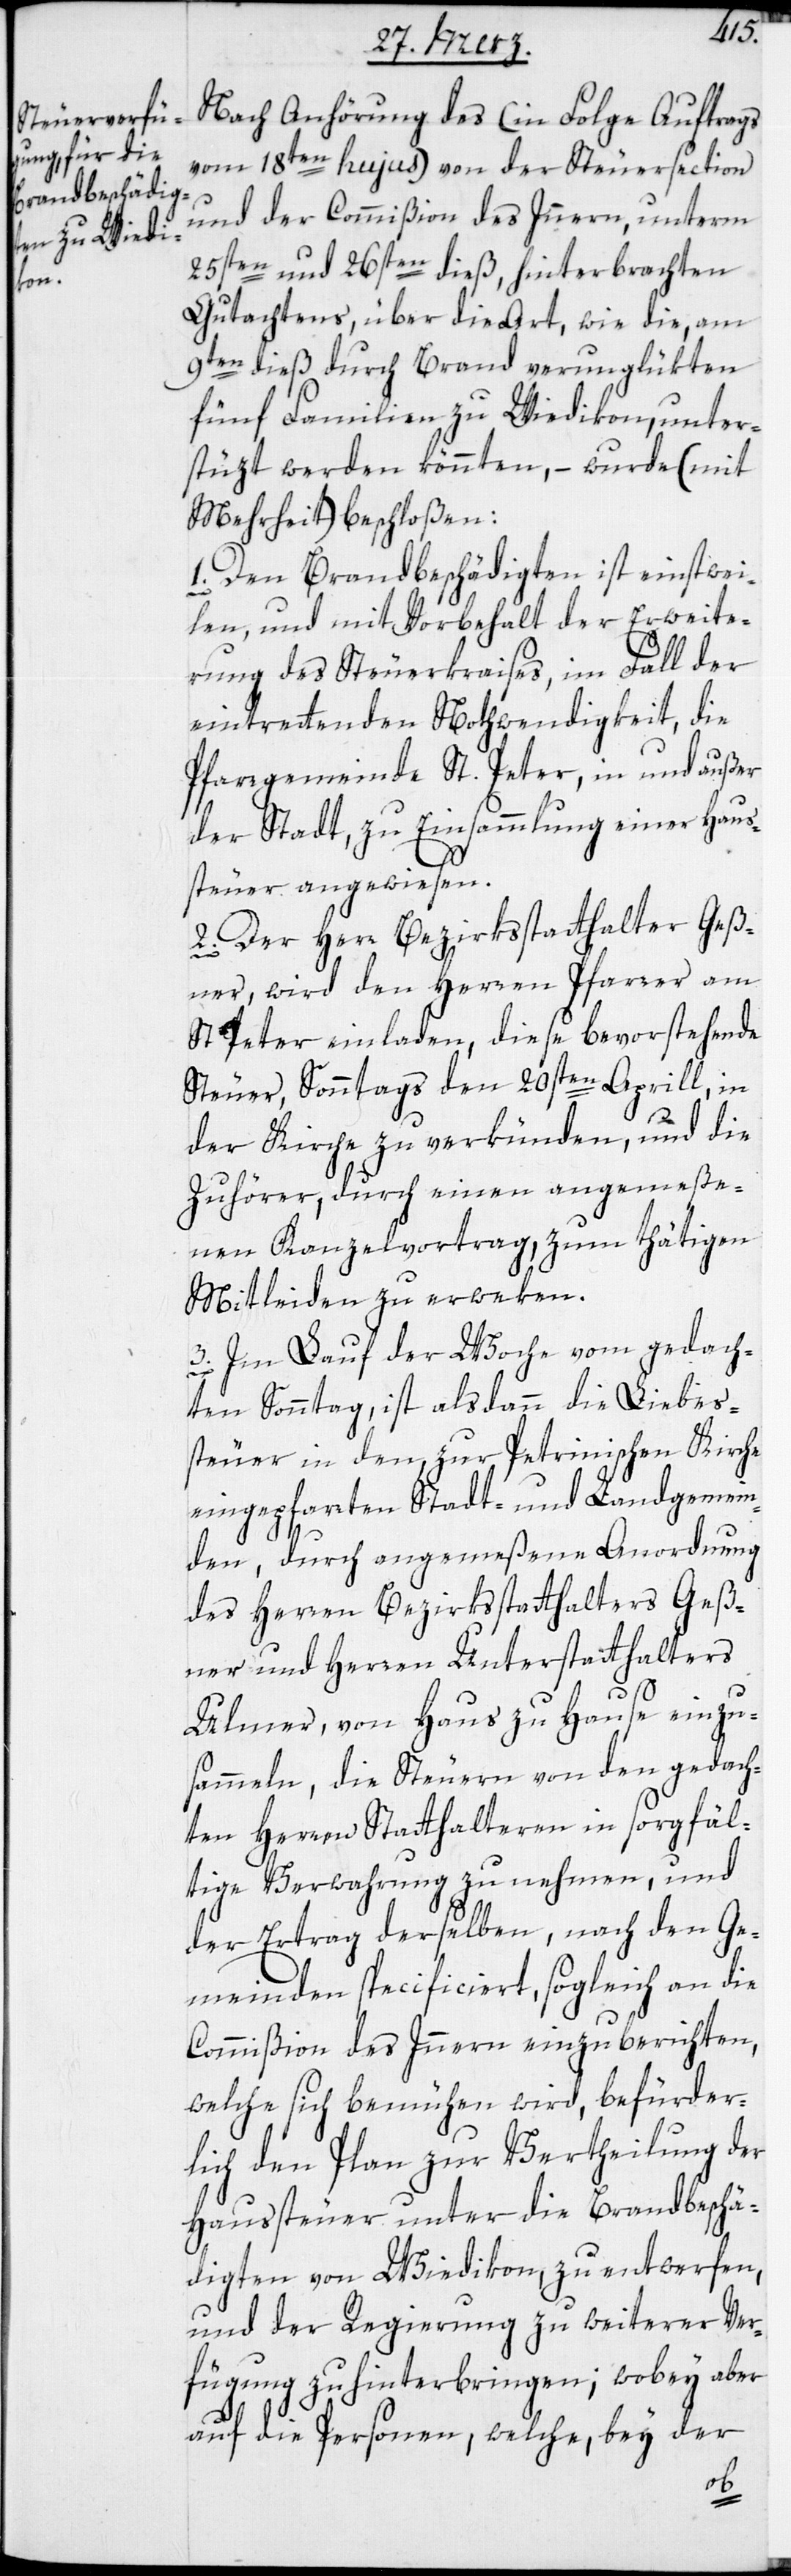
Nach Anhörung des (in Folge Auftrags
vom 18ten hujus) von der Steuersection
und der Commißion des Inneren, unterm
25sten und 26sten dieß, hinterbrachten
Gutachtens, über die Art, wie die, am
9ten dieß durch Brand verunglükten
fünf Familien zu Wiedikon, unter¬
stüzt werden könnten, – wurde (mit
Mehrheit) beschloßen:
1. Den Brandbeschädigten ist einstwei¬
len, und mit Vorbehalt der Erweite¬
rung des Steuerkreises, im Fall der
eintrettenden Nothwendigkeit, die
Pfarrgemeinde St. Peter, in und außer
der Stadt, zu Einsammlung einer Haus¬
steuer angewiesen.
2. Der Herr Bezirksstatthalter Geß¬
ner, wird den Herren Pfarrer am
St. Peter einladen, diese bevorstehende
Steuer, Sonntags den 20sten Aprill, in
der Kirche zu verkünden, und die
Zuhörer, durch einen angemeße¬
nen Kanzelvortrag zum thätigen
Mitleiden zu erweken.
Im Lauf der Woche vom gedach¬
3.
ten Sonntag, ist alsdann die Liebes¬
steuer in den zur Petrinischen Kirche
eingepfarrten Stadt- und Landgemein¬
den, durch angemeßene Anordnung
des Herren Bezirksstatthalter Geß¬
ner und Herren Unterstatthalters
Ulmer, von Haus zu Hause einzu¬
sammeln, die Steuer von den gedach¬
ten Herren Statthalteren in sorgfäl¬
tige Verwahrung zu nehmen und
der Ertrag derselben nach den Ge¬
meinden specificiert, sogleich an die
Commißion des Inneren einzuberichten,
welche sich bemühen wird, befürder¬
lich den Plan zur Vertheilung der
Haussteuer unter die Brandbeschä¬
digten von Wiedikon, zu entwerfen,
und der Regierung zu weiterer Ver¬
fügung zu hinterbringen; wobey aber
auf die Personen, welche, bey der